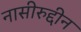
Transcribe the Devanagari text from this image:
नासीरुद्दीन